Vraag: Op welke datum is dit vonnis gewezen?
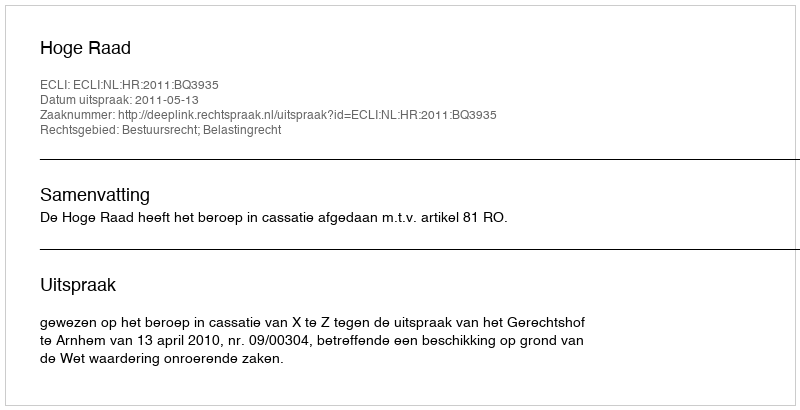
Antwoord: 2011-05-13